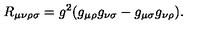
R _ { \mu \nu \rho \sigma } = g ^ { 2 } ( g _ { \mu \rho } g _ { \nu \sigma } - g _ { \mu \sigma } g _ { \nu \rho } ) .